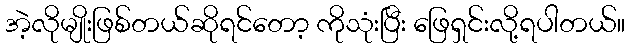
အဲ့လိုမျိုးဖြစ်တယ်ဆိုရင်တော့ ကိုသုံးပြီး ဖြေရှင်းလို့ရပါတယ်။